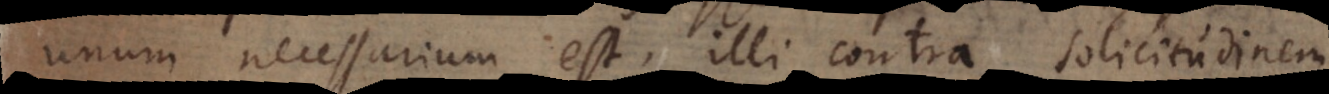
unum necessarium est; illi contra sollicitudinem